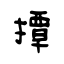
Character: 撢